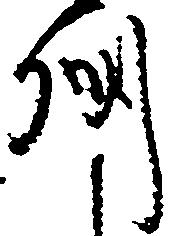
州